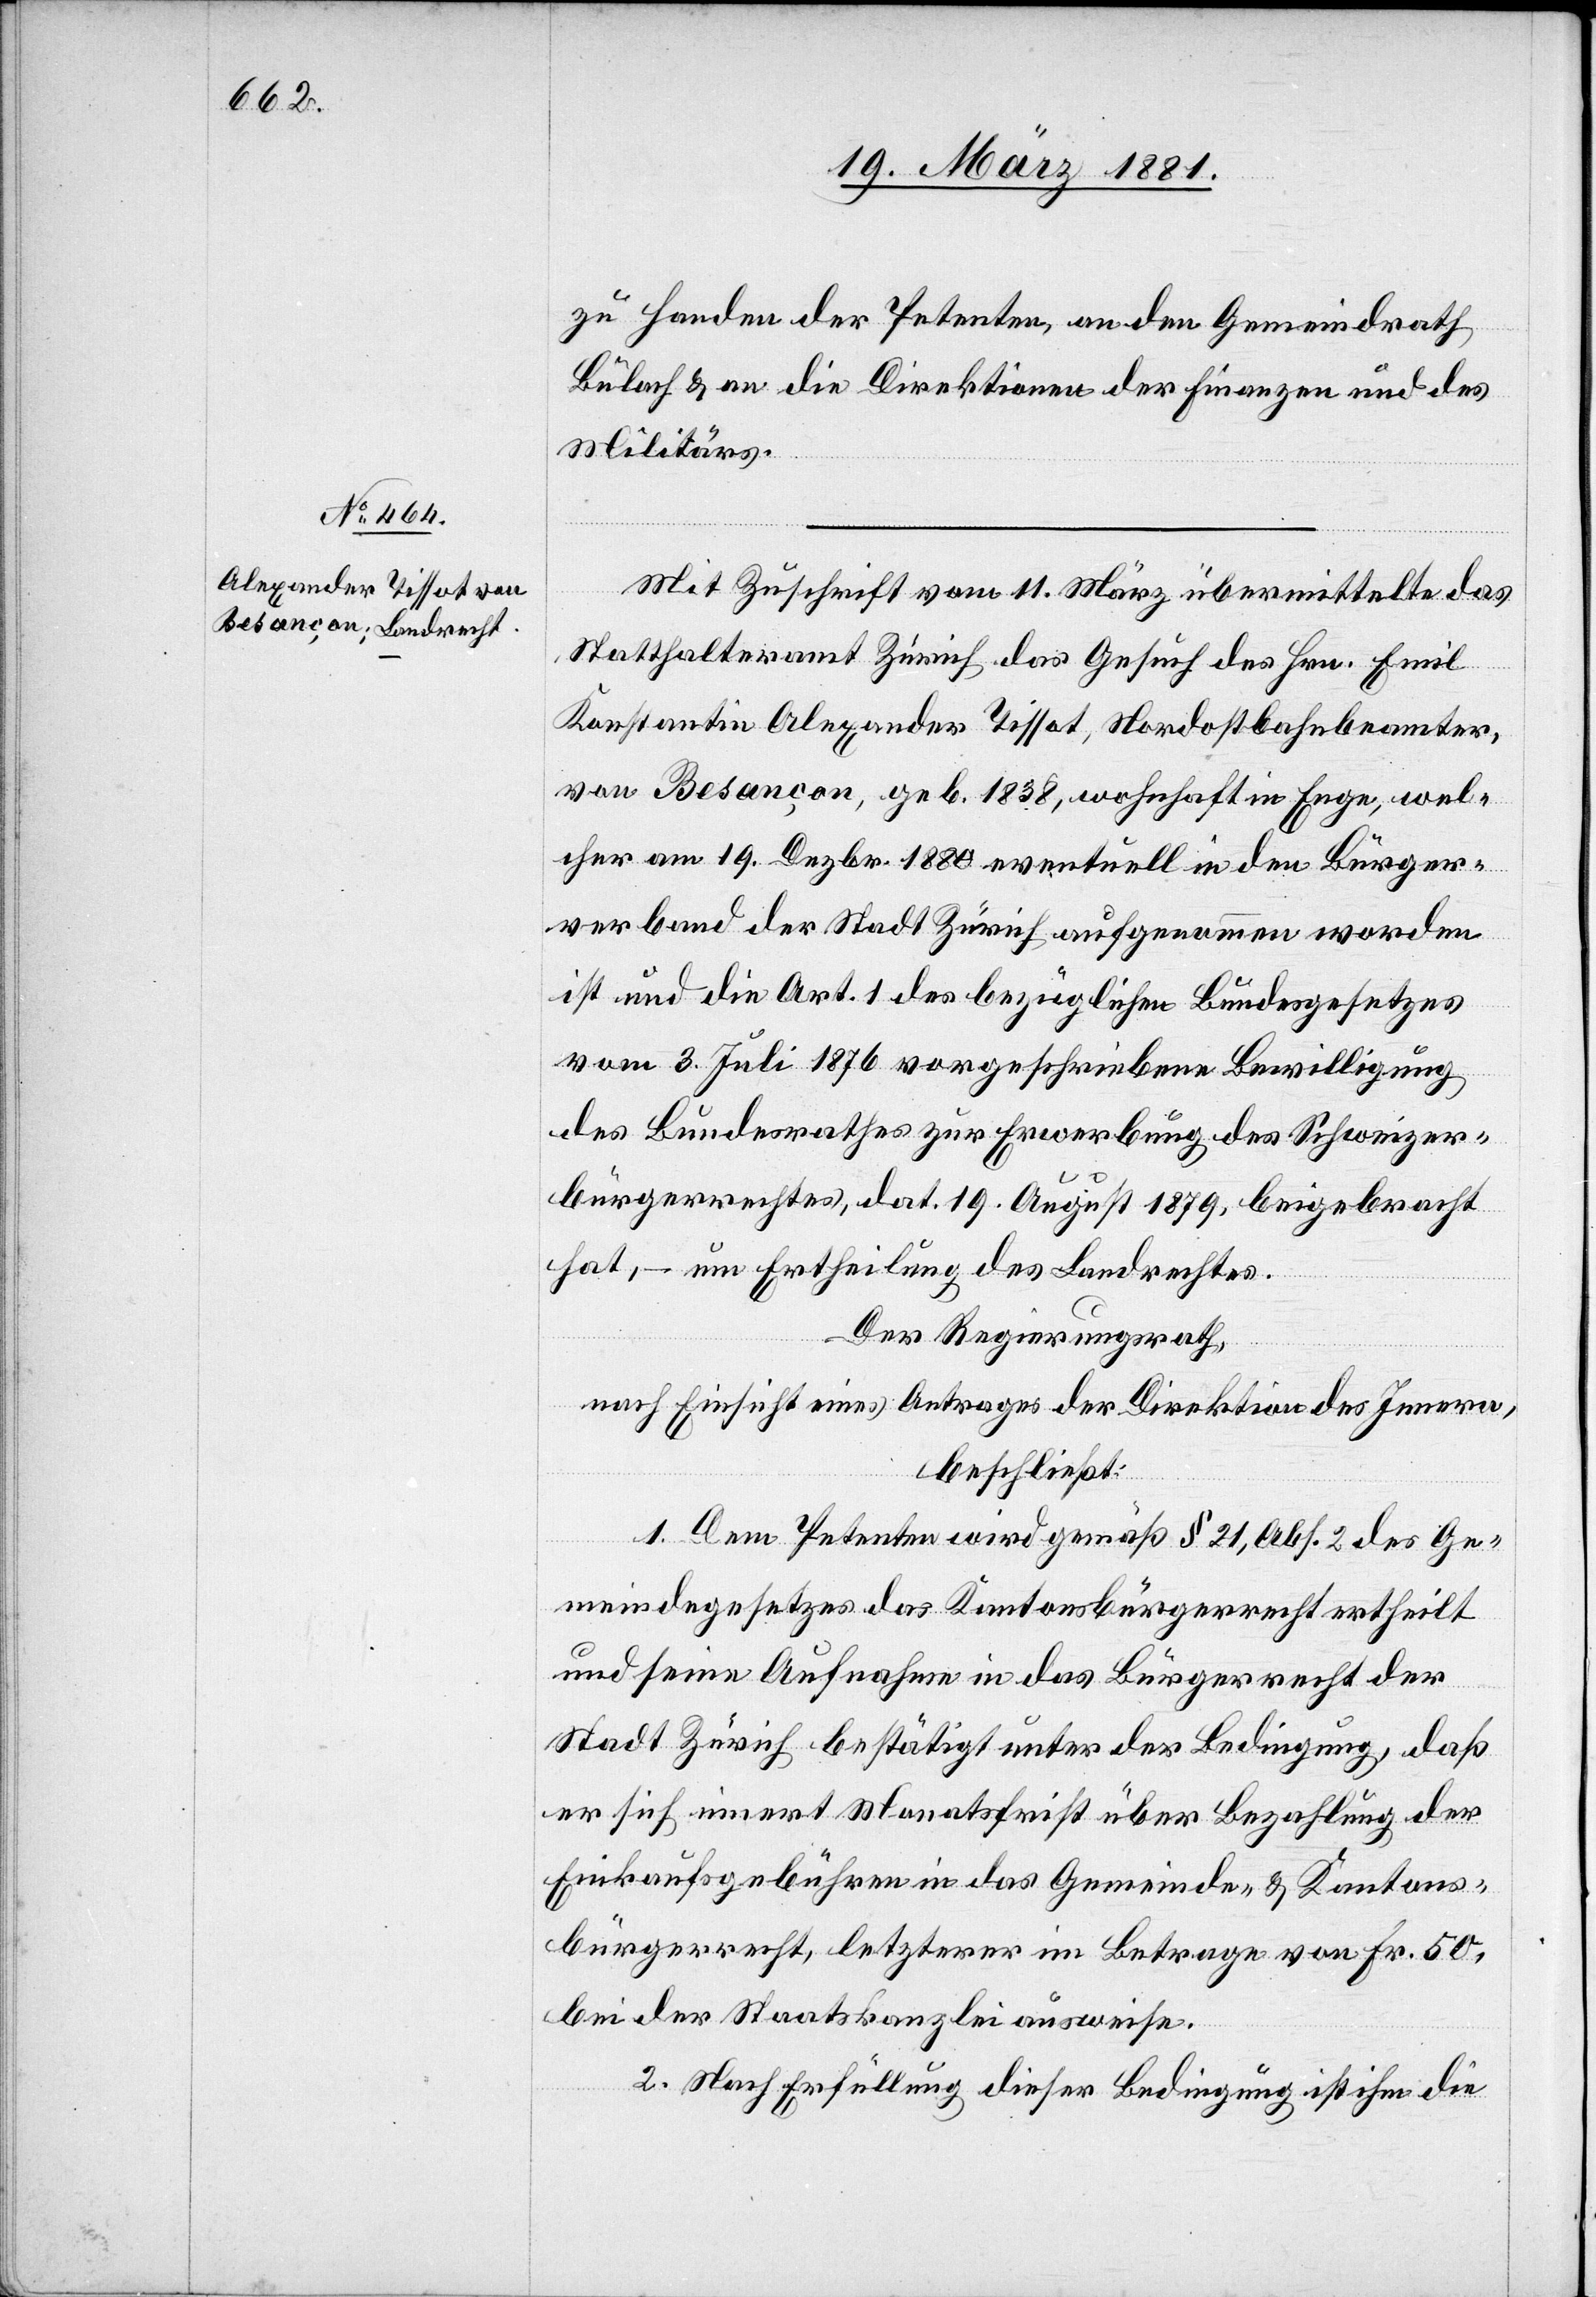
zu Handen der Petenten, an den Gemeindrath
Bülach & an die Direktionen der Finanzen und des
Militärs.
Mit Zuschrift vom 11. März übermittelte das
Statthalteramt Zürich das Gesuch des Hrn. Emil
Konstantin Alexander Tissot, Nordostbahnbeamter,
von Besançon, geb. 1838, wohnhaft in Enge, wel¬
cher am 19. Dezbr. 1880 eventuell in den Bürger¬
verband der Stadt Zürich aufgenommen worden
ist und die Art. 1 des bezüglichen Bundesgesetzes
vom 3. Juli 1876 vorgeschriebene Bewilligung
des Bundesrathes zur Erwerbung des Schweizer¬
bürgerrechts, dat. 19. August 1879, beigebracht
hat, – um Ertheilung des Landrechtes.
Der Regierungsrath,
nach Einsicht eines Antrages der Direktion des Innern,
beschließt:
1. Dem Petenten wird gemäß § 21, Abs. 2 des Ge¬
meindegesetzes das Kantonsbürgerrecht ertheilt
und seine Aufnahme in das Bürgerrecht der
Stadt Zürich bestätigt unter der Bedingung, daß
er sich innert Monatsfrist über Bezahlung der
Einkaufsgebühren in das Gemeinde- & Kantons¬
bürgerrecht, letzterer im Betrage von Fr. 50,
bei der Staatskanzlei ausweise.
2. Nach Erfüllung dieser Bedingung ist ihm die